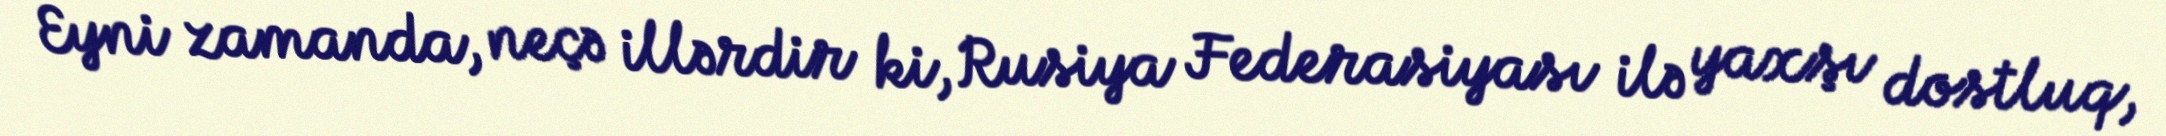
Eyni zamanda, neçə illərdir ki, Rusiya Federasiyası ilə yaxşı dostluq,